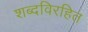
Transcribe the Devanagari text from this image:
शब्दविरहित